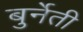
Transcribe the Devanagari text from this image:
बुर्नेती